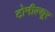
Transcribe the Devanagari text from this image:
टोनील्शूर